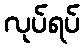
လုပ်ရပ်